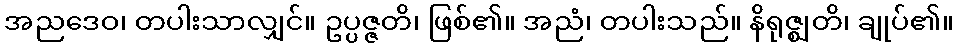
အညဒေဝ၊ တပါးသာလျှင်။ ဥပ္ပဇ္ဇတိ၊ ဖြစ်၏။ အညံ၊ တပါးသည်။ နိရုဇ္ဈတိ၊ ချုပ်၏။